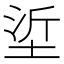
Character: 垽